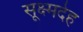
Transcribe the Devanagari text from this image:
सूक्ष्मदेह